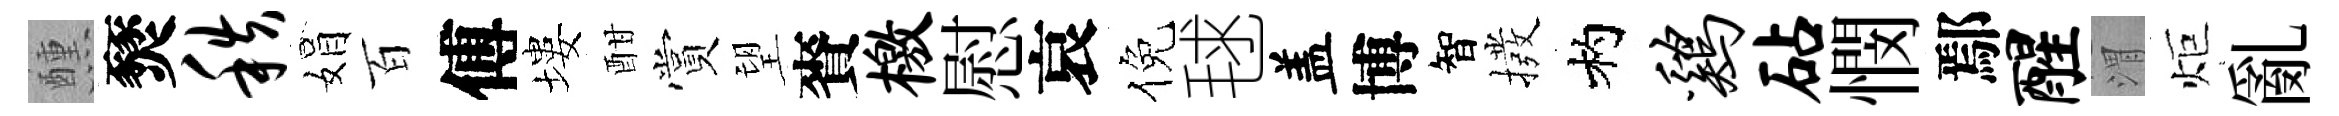
醺燹秩娟百傅塿酣賞望賚檄慰哀倪毬盖博智撥杓鸡砧憫鄢醒渭炬亂